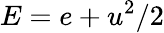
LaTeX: E=e+u^{2}/2